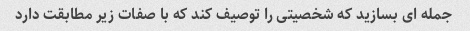
جمله ای بسازید که شخصیتی را توصیف کند که با صفات زیر مطابقت دارد